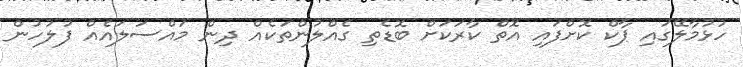
ހުޅުމާލޭގައި ޕާކް ކޮށްފައި އޮތް ކާރަކަށް ބޮޑެތި ގެއްލުންތަކެއް ދިން މައްސަލައެއް ފުލުހުން